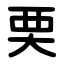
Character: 䙲